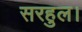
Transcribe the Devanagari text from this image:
सरहुल।